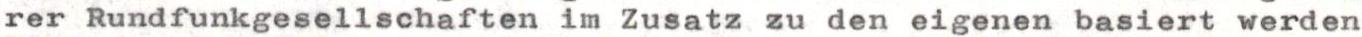
rer Rundfunkgesellschaften im Zusatz zu den eigenen basiert werden